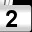
Digit: 2